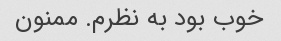
خوب بود به نظرم. ممنون